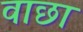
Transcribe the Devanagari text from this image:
वाछा